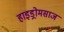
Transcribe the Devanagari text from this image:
हाइड्रोमसाज